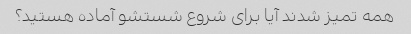
همه تمیز شدند آیا برای شروع شستشو آماده هستید؟